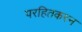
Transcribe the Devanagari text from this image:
परहितकरन